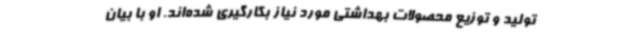
تولید و توزیع محصولات بهداشتی مورد نیاز بکارگیری شده‌اند. او با بیان